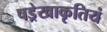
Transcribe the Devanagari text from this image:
षड्रेखाकृतियं